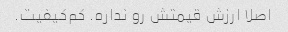
اصلا ارزش قیمتش رو نداره. کم‌کیفیت.